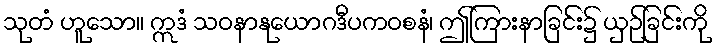
သုတံ ဟူသော။ ဣဒံ သဝနာနုယောဂဒီပကဝစနံ၊ ဤကြားနာခြင်း၌ ယှဉ်ခြင်းကို